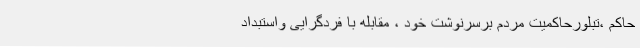
حاکم ،تبلورحاکمیت مردم برسرنوشت خود ، مقابله با فردگرایی واستبداد